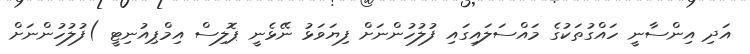
އަދި އިންސާނީ ހައްގުތަކުގެ މައްސަލައިގައި ފުލުހުންނަށް ފިޔަވަޅު ނޭޅެނީ ޕޮލިސް އިމްޕިއުނިޓީ )ފުލުހުންނަށް